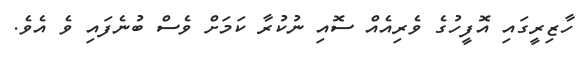
ހާޒިރީގައި އޮފީހުގެ ވެރިއެއް ސޮއި ނުކުރާ ކަމަށް ވެސް ބުނެފައި ވެ އެވެ.